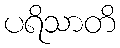
ပရိသာတိ